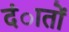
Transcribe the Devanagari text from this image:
दंातों